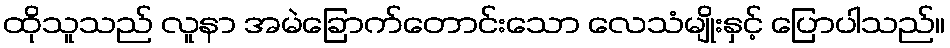
ထိုသူသည် လူနာ အမဲခြောက်တောင်းသော လေသံမျိုးနှင့် ပြောပါသည်။